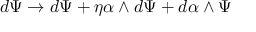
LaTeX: d \Psi \rightarrow d \Psi + \eta \alpha \wedge d \Psi + d \alpha \wedge \Psi